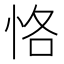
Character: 恪